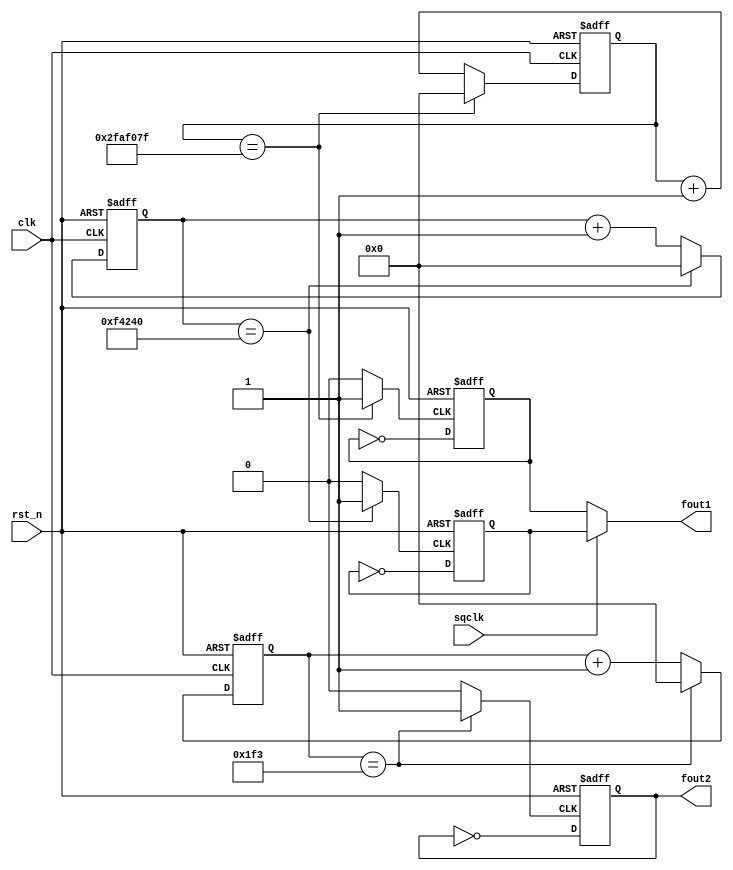

module lab7_1_qclk(
fout1,
fout2,
clk,
rst_n,
sqclk
);
output reg fout1;
output fout2; 
input clk; 
input rst_n;
input sqclk;
reg [26:0] ant_tmp,ant;
reg clk_tmp1,s_ant,s_ant_tmp; 
reg [26:0] bnt_tmp,bnt;
reg clk_tmp2,s_bnt,s_bnt_tmp; 
reg [26:0] cnt_tmp,cnt;
reg clk_tmp3,s_cnt,s_cnt_tmp; 
wire out1, out2;





always @*
if(ant == 49999999) ant_tmp = 0;
else ant_tmp = ant + 27'd1;

always @*
if(ant == 49999999) 
clk_tmp1 = 1;
else 
clk_tmp1 = 0;

always @*
s_ant_tmp = ~s_ant ;

assign out1 = s_ant;

always @(posedge clk_tmp1 or negedge rst_n)
if (~rst_n) 
s_ant <= 0;
else
s_ant <= s_ant_tmp;

always @(posedge clk or negedge rst_n)
if (~rst_n) ant <= 27'b0;
else ant <= ant_tmp;


always @*
if(bnt == 1000000) bnt_tmp = 0;
else bnt_tmp = bnt + 27'd1;

always @*
if(bnt == 1000000) 
clk_tmp2 = 1;
else
clk_tmp2 = 0;

always @*
s_bnt_tmp = ~s_bnt ;
assign out2 = s_bnt;

always @(posedge clk_tmp2 or negedge rst_n)
if (~rst_n) 
s_bnt <= 0;
else 
s_bnt <= s_bnt_tmp;

always @(posedge clk or negedge rst_n)
if (~rst_n) bnt <= 27'b0;
else bnt <= bnt_tmp;


always@*
if(sqclk ==0)
fout1 = out1;
else
fout1 = out2;


always @*
if(cnt == 499) cnt_tmp = 0;
else cnt_tmp = cnt + 27'd1;

always @*
if(cnt == 499) 
clk_tmp3 = 1;
else 
clk_tmp3= 0;

always @*
s_cnt_tmp = ~s_cnt ;

assign fout2 = s_cnt;

always @(posedge clk_tmp3 or negedge rst_n)
if (~rst_n) s_cnt <= 0;
else s_cnt <= s_cnt_tmp;

always @(posedge clk or negedge rst_n)
if (~rst_n) cnt <= 27'b0;
else cnt <= cnt_tmp;


endmodule